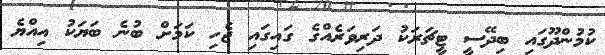
ކުމުންދޫގައި ބިދޭސީ ޓީޗަރަކު ދަރިވަރެއްގެ ގައިގައި ޖެހި ކަމަށް ބުނެ ބަޔަކު އިއްޔެ